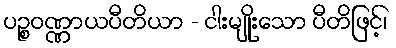
ပဉ္စဝဏ္ဏာယပီတိယာ - ငါးမျိုးသော ပီတိဖြင့်၊